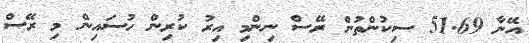
އޭނާ 51.69 ސިކުންތުން ރޭސް ނިންމި އިރު ކުރިން ހުސައިން މި ރޭސް